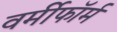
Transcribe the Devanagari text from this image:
वर्मीफॉर्म